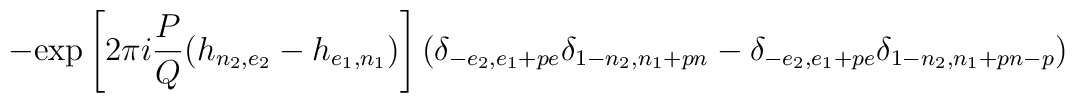
-\mbox{exp}\left[2\pi i\frac{P}{Q}(h_{n_{2},e_{2}}-h_{e_{1},n_{1}})\right](\delta_{-e_{2},e_{1}+pe}\delta_{1-n_{2},n_{1}+pn}-\delta_{-e_{2},e_{1}+pe}\delta_{1-n_{2},n_{1}+pn-p})